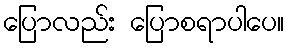
ပြောလည်း ပြောစရာပါပေ။